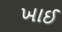
ખાઈ